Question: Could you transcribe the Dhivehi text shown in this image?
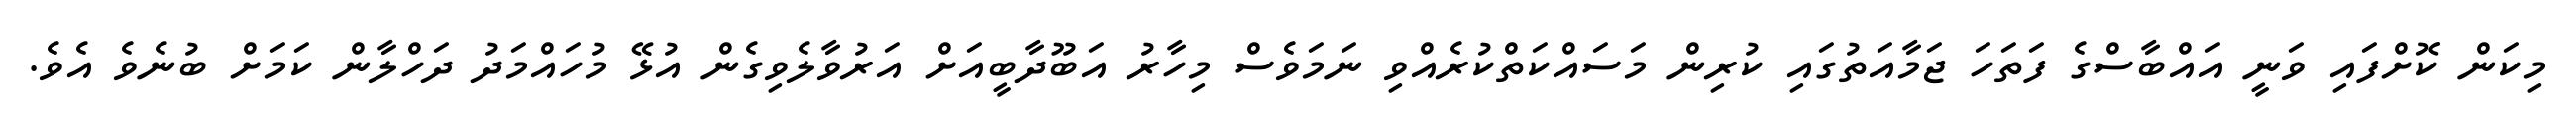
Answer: މިކަން ކޮށްފައި ވަނީ އައްބާސްގެ ފަތަހަ ޖަމާއަތުގައި ކުރިން މަސައްކަތްކުރެއްވި ނަމަވެސް މިހާރު އަބޫދާބީއަށް އަރުވާލެވިގެން އުޅޭ މުހައްމަދު ދަހްލާން ކަމަށް ބުނެވެ އެވެ.